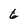
Character: 6